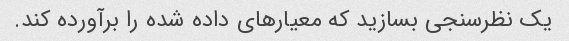
یک نظرسنجی بسازید که معیارهای داده شده را برآورده کند.